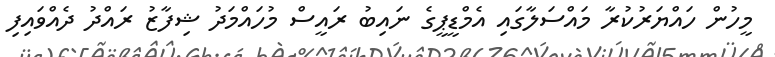
މީހުން ހައްޔަރުކުރާ މައްސަލާގައި އެމްޑީޕީގެ ނައިބު ރައީސް މުހައްމަދު ޝިފާޒު ރައްދު ދެއްވައިފި